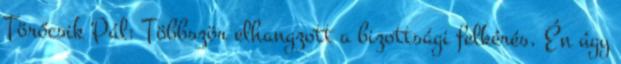
Törőcsik Pál: Többször elhangzott a bizottsági felkérés. Én úgy